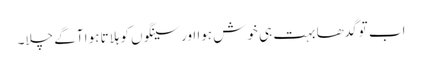
اب تو گدھا بہت ہی خوش ہوا اور سینگوں کو ہلاتا ہوا آگے چلا۔